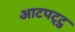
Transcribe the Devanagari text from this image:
आटपट्टु